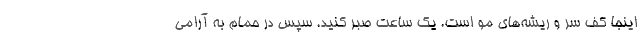
اینجا کف سر و ریشه­های مو است. یک ساعت صبر کنید. سپس در حمام به آرامی